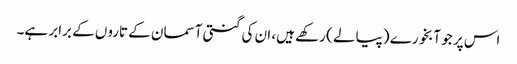
اس پر جو آبخورے (پیالے ) رکھے ہیں، ان کی گنتی آسمان کے تاروں کے برابر ہے۔